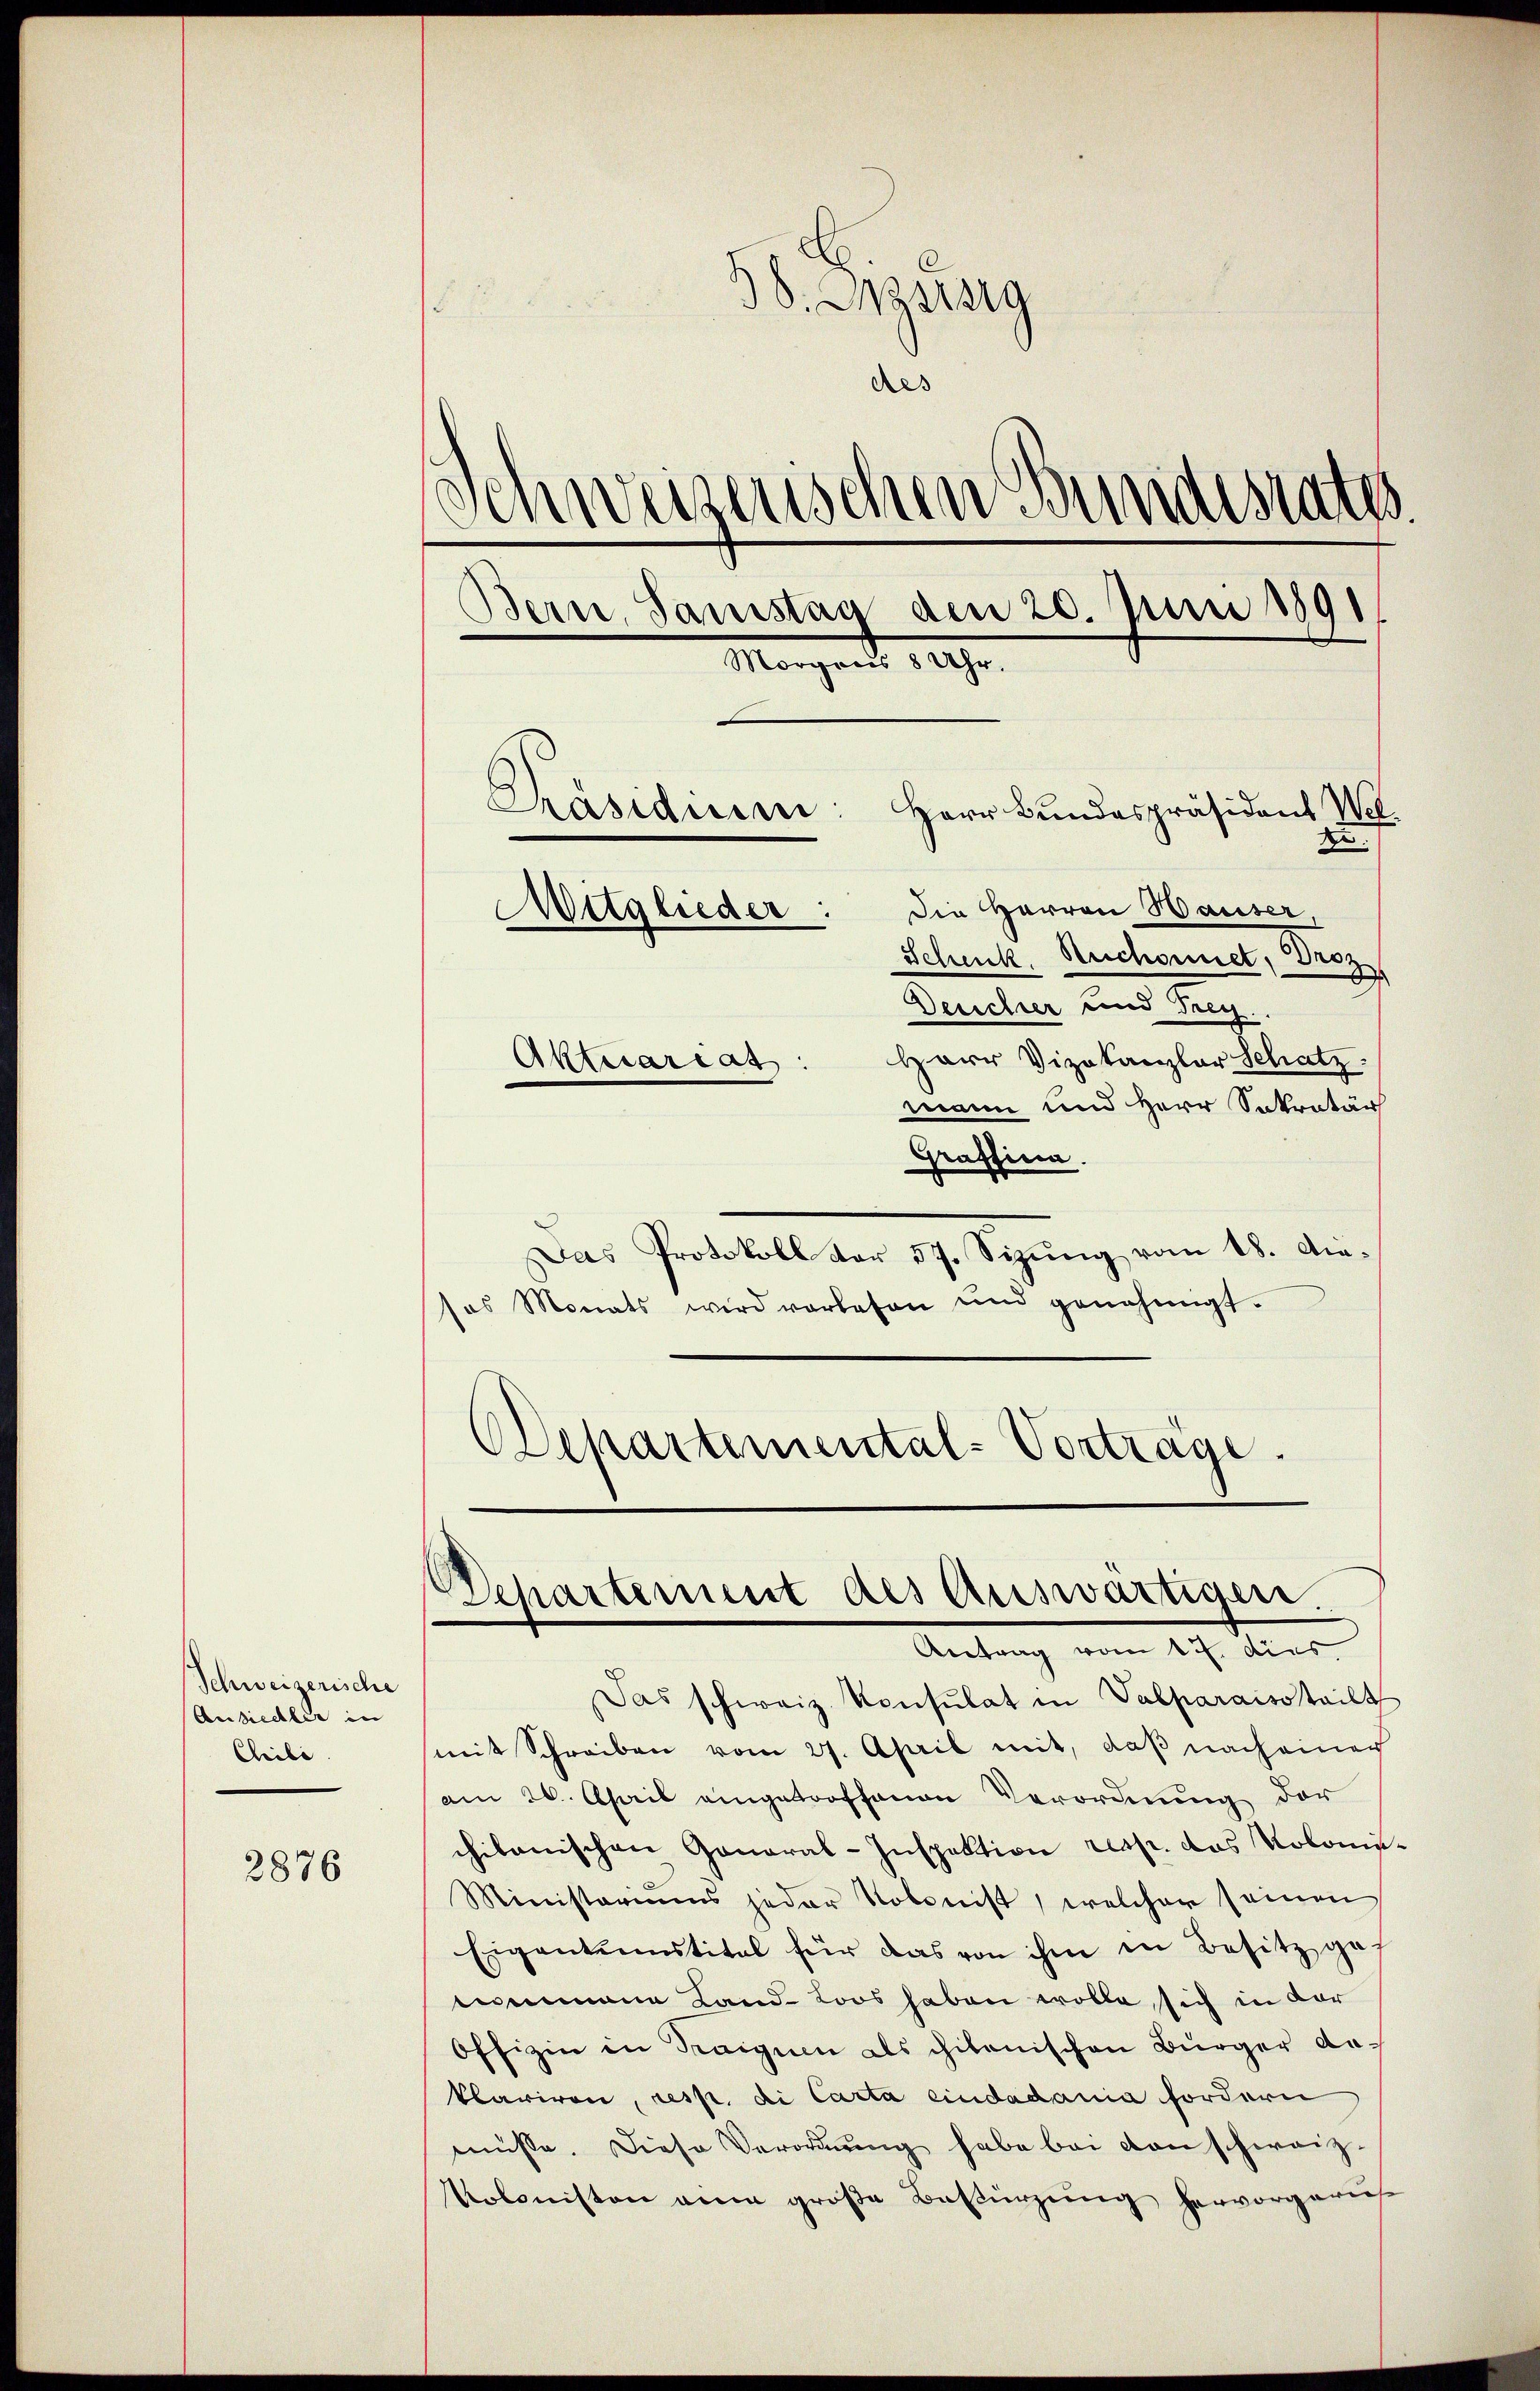
Schweizerische
Ansiedler in
Chili

2876

38. Masssig
des
.
deizerischen Bundesrates
Bern, Samstag den 20. Juni 1891
Morgens 8 Uhr.
Präsidium:
Herr Bundespräsident Welde.
die Herren Hauser,
Mitglieder:
Schenk. Ruchonner, Proz
Deucher und Frey.
Herr Vizekanzlar Schatz.
Aktuariat :
mann und Herr Sekretär

Graffina.
Das Protokoll vor 57. Sizung vom 18. Ausos Monats wird vorlesen und genehmigt.
Separtemental-Vortrage

Departement des Auswärtigen.
Antrag vom 17. dies

Das schweiz. Konsulat in Valparaiso teilt
mit Schreiben vom 27. April mit, daß nach einer
am 20. April eingetroffenen Verordnung der
chilanischen General-Inspektion resp. das Kolome¬
Ministeriums jeder Kolonist, welcher seinen
Eigentumstitel für das von ihm in Besitz gef
eenmana Land- Loos haben wolle sich in der
Offizin in Raique als citanischen Bürger do
klariren, resp. di Carta eindadania fordern
müsse. Diese Verordnung habe bei den schweiz¬
Kolonisten an große Bestürzung hervorgeruf